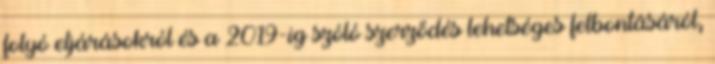
folyó eljárásokról és a 2019-ig szóló szerződés lehetséges felbontásáról,